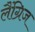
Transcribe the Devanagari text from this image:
लैंग्रिज